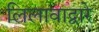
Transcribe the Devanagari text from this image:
लिलावाद्वारे